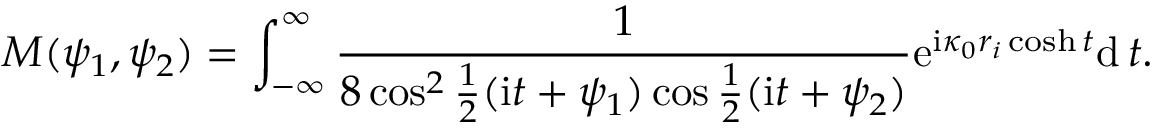
M ( \psi _ { 1 } , \psi _ { 2 } ) = \int _ { - \infty } ^ { \infty } \frac { 1 } { 8 \cos ^ { 2 } \frac { 1 } { 2 } ( \mathrm { i } t + \psi _ { 1 } ) \cos \frac { 1 } { 2 } ( \mathrm { i } t + \psi _ { 2 } ) } \mathrm { e } ^ { \mathrm { i } \kappa _ { 0 } r _ { i } \cosh t } \mathrm { d } \, t .